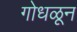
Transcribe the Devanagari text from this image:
गोधळून